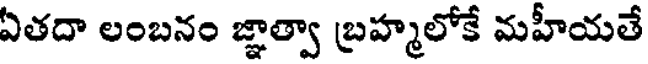
ఏతదా లంబనం జ్ఞాత్వా బ్రహ్మలోకే మహీయతే